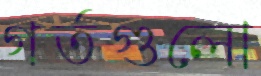
গর্তগুলো